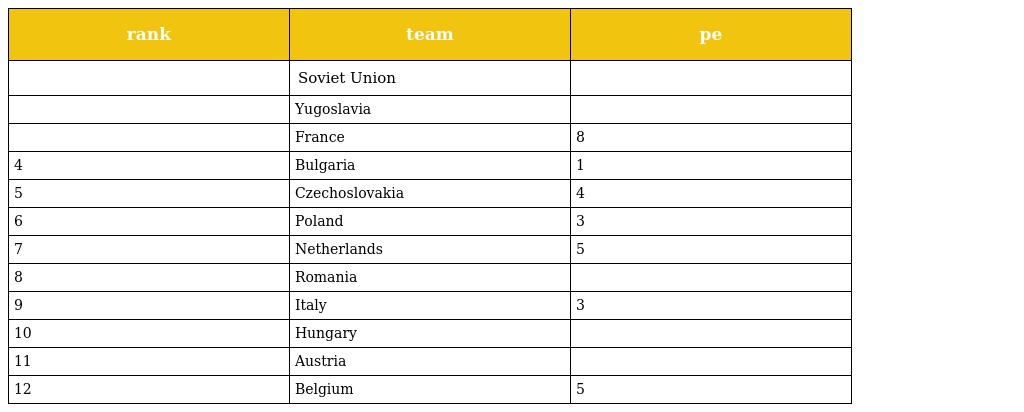
| rank | team | pe |
 | --- | --- | --- |
 |  | Soviet Union |  |
 |  | Yugoslavia |  |
 |  | France | 8 |
 | 4 | Bulgaria | 1 |
 | 5 | Czechoslovakia | 4 |
 | 6 | Poland | 3 |
 | 7 | Netherlands | 5 |
 | 8 | Romania |  |
 | 9 | Italy | 3 |
 | 10 | Hungary |  |
 | 11 | Austria |  |
 | 12 | Belgium | 5 |